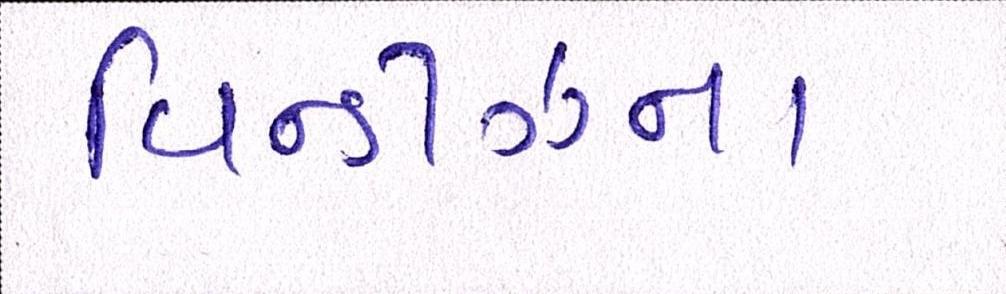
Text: વિન્ડીઝના